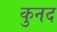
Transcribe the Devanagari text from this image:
कुनद